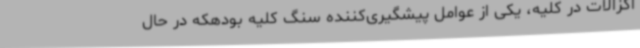
اگزالات در کلیه، یکی از عوامل پیشگیری‌کننده سنگ کلیه بودهکه در حال